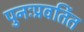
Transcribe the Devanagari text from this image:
पुनःप्रवर्तित